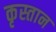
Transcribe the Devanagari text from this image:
कृस्तान